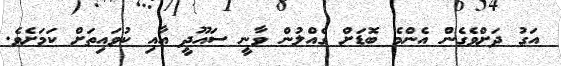
އަގު ދަށްވެގެން އެންމެ ބޮޑަށް ގެއްލުން ވާނީ ސައޫދީ އާއި ކުވައިތަށް ކަަމަށެވެ.